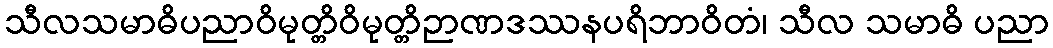
သီလသမာဓိပညာဝိမုတ္တိဝိမုတ္တိဉာဏဒဿနပရိဘာဝိတံ၊ သီလ သမာဓိ ပညာ